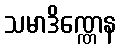
သမာဒိဏ္ဏေန